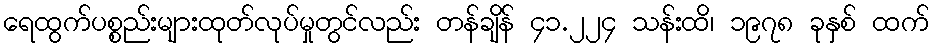
ရေထွက်ပစ္စည်းများထုတ်လုပ်မှုတွင်လည်း တန်ချိန် ၄၁.၂၂၄ သန်းထိ၊ ၁၉၇၈ ခုနှစ် ထက်